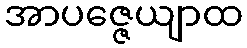
အာပဇ္ဇေယျာထ